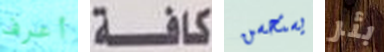
أعرف كافة يستحسن بئر